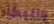
والبكاء